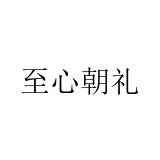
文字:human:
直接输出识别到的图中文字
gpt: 至心朝礼